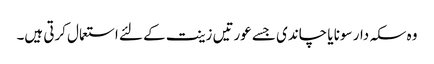
وہ سکہ دار سونا یا چاندی جسے عورتیں زینت کے لئے استعمال کرتی ہیں۔